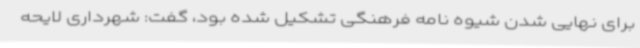
برای نهایی شدن شیوه نامه فرهنگی تشکیل شده بود، گفت: شهرداری لایحه